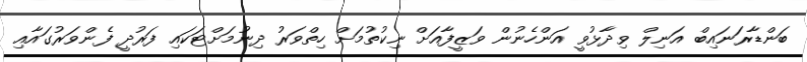
ބަންޑާރަނައިބް އަނިލް ވިދާޅުވީ އަންހެނުން ވަޒީފާއަށް ނިކުތުމަށް ހިތްވަރު ދިނުމަށްޓަކައި ފަރުދީ ފެންވަރުގައާއި